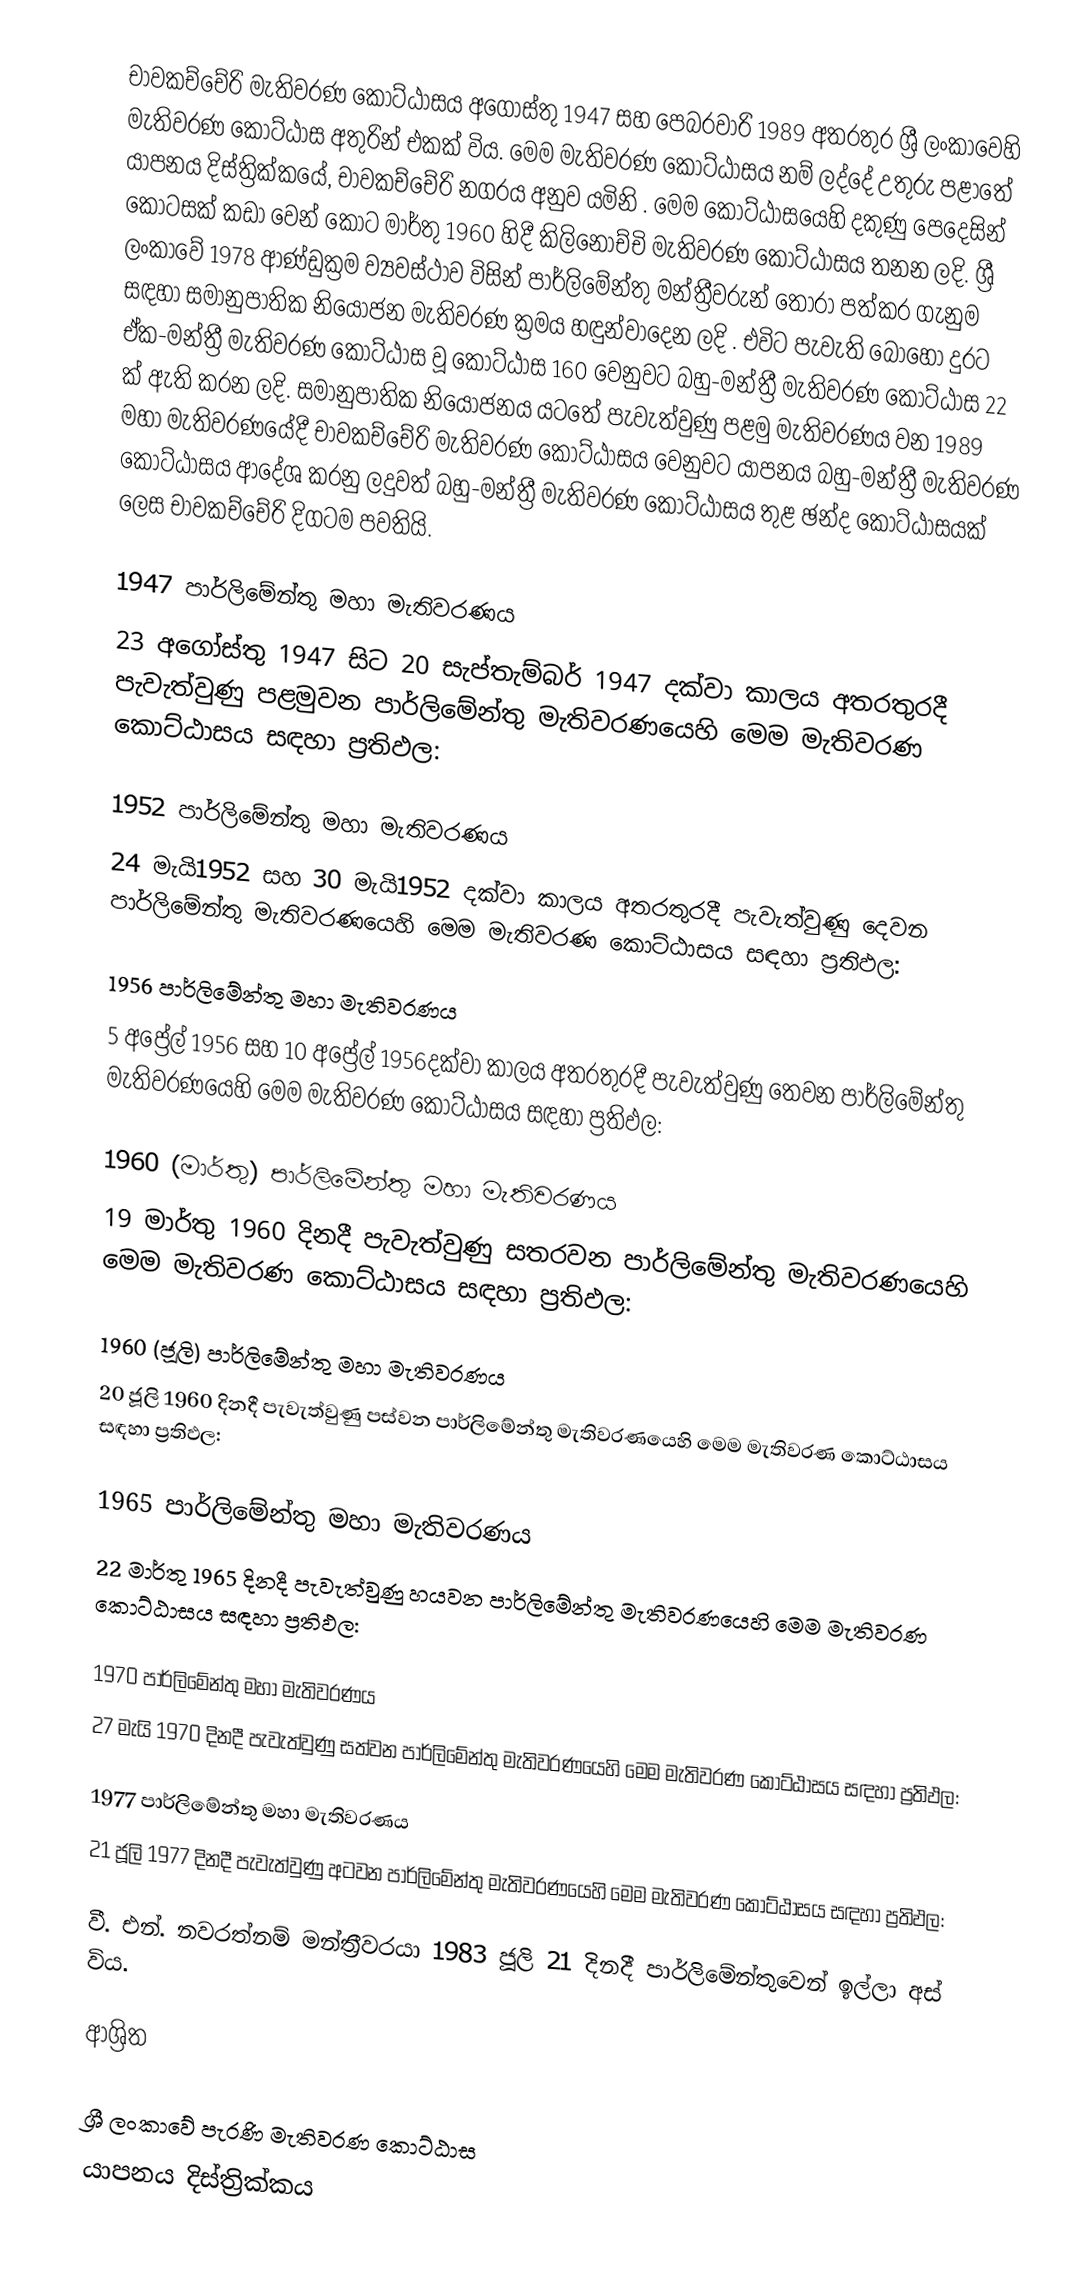
චාවකච්චේරි මැතිවරණ කොට්ඨාසය  අගෝස්තු 1947 සහ පෙබරවාරි 1989 අතරතුර  ශ්‍රී ලංකාවෙහි  මැතිවරණ කොට්ඨාස අතුරින් එකක් විය. මෙම මැතිවරණ කොට්ඨාසය නම් ලද්දේ උතුරු පළාතේ  යාපනය දිස්ත්‍රික්කයේ,  චාවකච්චේරි නගරය අනුව යමිනි . මෙම කොට්ඨාසයෙහි දකුණු පෙදෙසින් කොටසක් කඩා වෙන් කොට මාර්තු 1960 හිදී කිලිනොච්චි මැතිවරණ කොට්ඨාසය තනන ලදි. ශ්‍රී ලංකාවේ 1978 ආණ්ඩුක්‍රම ව්‍යවස්ථාව විසින්   පාර්ලිමේන්තු මන්ත්‍රීවරුන් තෝරා පත්කර ගැනුම සඳහා සමානුපාතික නියෝජන මැතිවරණ ක්‍රමය හඳුන්වාදෙන ලදි . එවිට පැවැති බොහෝ දුරට  ඒක-මන්ත්‍රී මැතිවරණ කොට්ඨාස වූ කොට්ඨාස 160 වෙනුවට බහු-මන්ත්‍රී මැතිවරණ කොට්ඨාස 22 ක් ඇති කරන ලදි. සමානුපාතික නියෝජනය යටතේ පැවැත්වුණු පළමු මැතිවරණය වන 1989 මහා මැතිවරණයේදී  චාවකච්චේරි මැතිවරණ කොට්ඨාසය වෙනුවට  යාපනය බහු-මන්ත්‍රී මැතිවරණ කොට්ඨාසය  ආදේශ කරනු ලදුවත් බහු-මන්ත්‍රී මැතිවරණ කොට්ඨාසය තුළ ඡන්ද කොට්ඨාසයක් ලෙස චාවකච්චේරි දිගටම පවතියි.

1947 පාර්ලිමේන්තු මහා මැතිවරණය
23 අගෝස්තු 1947 සිට 20 සැප්තැම්බර් 1947 දක්වා කාලය අතරතුරදී පැවැත්වුණු  පළමුවන පාර්ලිමේන්තු මැතිවරණයෙහි මෙම මැතිවරණ කොට්ඨාසය සඳහා ප්‍රතිඵල:

1952 පාර්ලිමේන්තු මහා මැතිවරණය
24 මැයි1952 සහ 30 මැයි1952 දක්වා කාලය අතරතුරදී පැවැත්වුණු  දෙවන පාර්ලිමේන්තු මැතිවරණයෙහි මෙම මැතිවරණ කොට්ඨාසය සඳහා ප්‍රතිඵල:

1956 පාර්ලිමේන්තු මහා මැතිවරණය
5 අප්‍රේල් 1956 සහ 10 අප්‍රේල් 1956දක්වා කාලය අතරතුරදී පැවැත්වුණු  තෙවන පාර්ලිමේන්තු මැතිවරණයෙහි මෙම මැතිවරණ කොට්ඨාසය සඳහා ප්‍රතිඵල:

1960 (මාර්තු) පාර්ලිමේන්තු මහා මැතිවරණය
19 මාර්තු 1960 දිනදී පැවැත්වුණු  සතරවන පාර්ලිමේන්තු මැතිවරණයෙහි මෙම මැතිවරණ කොට්ඨාසය සඳහා ප්‍රතිඵල:

1960 (ජූලි) පාර්ලිමේන්තු මහා මැතිවරණය
20 ජූලි 1960 දිනදී පැවැත්වුණු  පස්වන පාර්ලිමේන්තු මැතිවරණයෙහි මෙම මැතිවරණ කොට්ඨාසය සඳහා ප්‍රතිඵල:

1965 පාර්ලිමේන්තු මහා මැතිවරණය
22 මාර්තු 1965  දිනදී පැවැත්වුණු  හයවන පාර්ලිමේන්තු මැතිවරණයෙහි මෙම මැතිවරණ කොට්ඨාසය සඳහා ප්‍රතිඵල:

1970 පාර්ලිමේන්තු මහා මැතිවරණය
27 මැයි 1970 දිනදී පැවැත්වුණු  සත්වන පාර්ලිමේන්තු මැතිවරණයෙහි මෙම මැතිවරණ කොට්ඨාසය සඳහා ප්‍රතිඵල:

1977 පාර්ලිමේන්තු මහා මැතිවරණය
21 ජූලි 1977 දිනදී පැවැත්වුණු  අටවන පාර්ලිමේන්තු මැතිවරණයෙහි මෙම මැතිවරණ කොට්ඨාසය සඳහා ප්‍රතිඵල:

වී. එන්. නවරත්නම් මන්ත්‍රීවරයා 1983 ජූලි 21 දිනදී පාර්ලිමේන්තුවෙන් ඉල්ලා අස් විය.

ආශ්‍රිත

ශ්‍රී ලංකාවේ පැරණි මැතිවරණ කොට්ඨාස
යාපනය දිස්ත්‍රික්කය